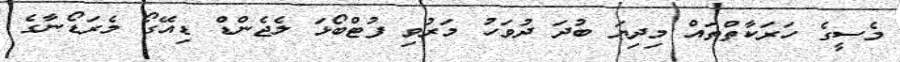
މެސީގެ ހަރަކާތްތައް މިދިޔަ ބުދަ ދުވަހު މަރުވި ފުޓްބޯޅަ ލެޖެންޑް ޑިއޭގޯ މެރަޑޯނާގެ